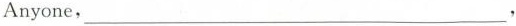
Anyone, ___,